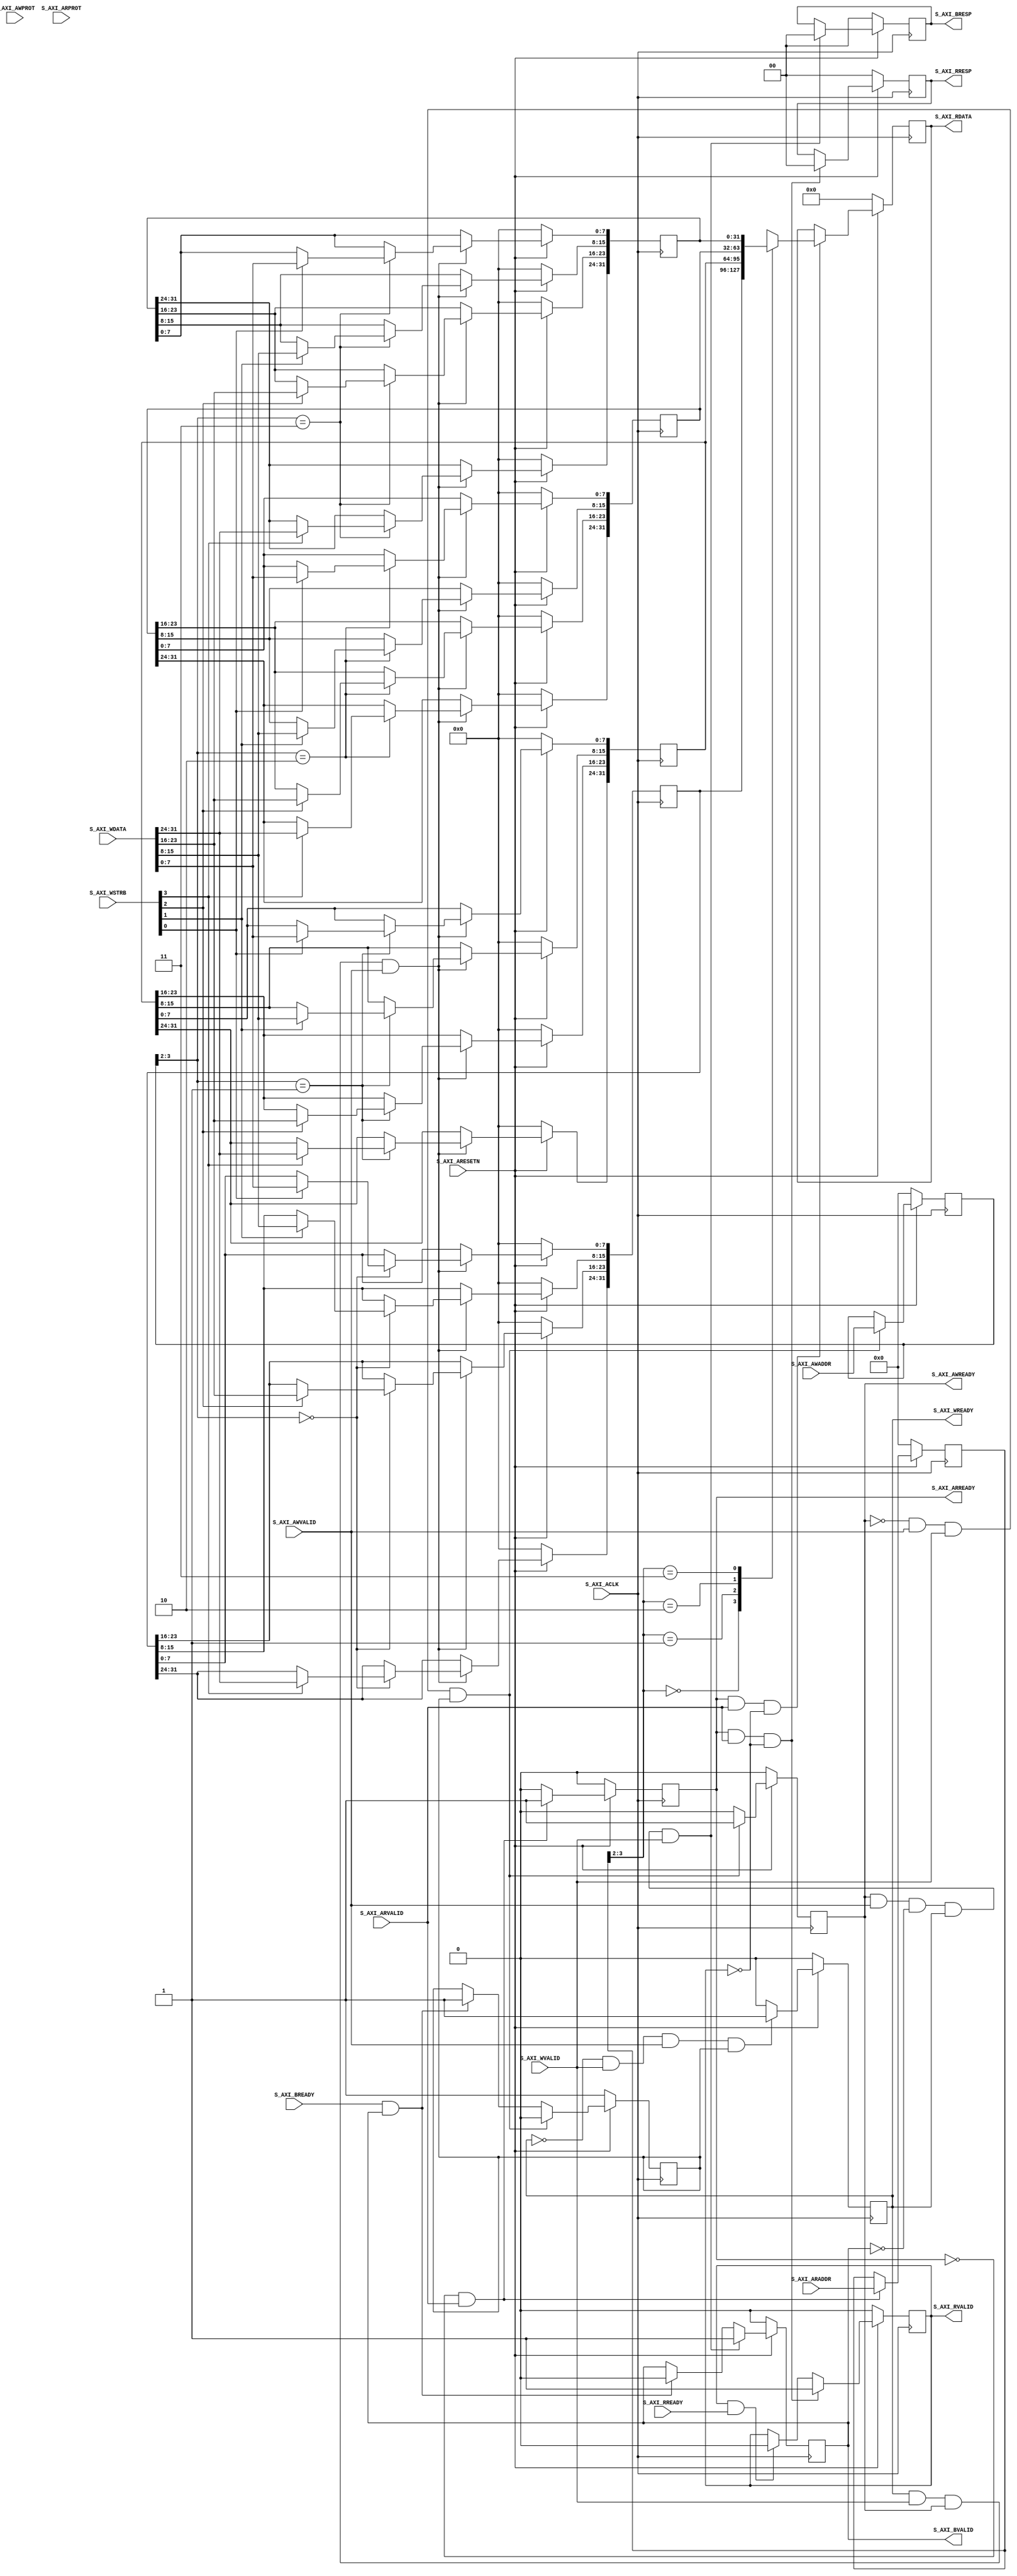

`timescale 1 ns / 1 ps

module AXI_Lite_Slave #(
    // Users to add parameters here

    // User parameters ends
    // Width of S_AXI data bus
    parameter integer C_S_AXI_DATA_WIDTH = 32,
    // Width of S_AXI address bus
    parameter integer C_S_AXI_ADDR_WIDTH = 4
) (
    // Users to add ports here

    // User ports ends
    // Global Clock Signal
    input  wire                                S_AXI_ACLK,
    input  wire                                S_AXI_ARESETN,
    // Write address
    input  wire [    C_S_AXI_ADDR_WIDTH-1 : 0] S_AXI_AWADDR,
    input  wire [                       2 : 0] S_AXI_AWPROT,
    input  wire                                S_AXI_AWVALID,
    output wire                                S_AXI_AWREADY,
    // Write data (issued by master, acceped by Slave) 
    input  wire [    C_S_AXI_DATA_WIDTH-1 : 0] S_AXI_WDATA,
    input  wire [(C_S_AXI_DATA_WIDTH/8)-1 : 0] S_AXI_WSTRB,
    input  wire                                S_AXI_WVALID,
    output wire                                S_AXI_WREADY,
    // Write response. This signal indicates the status
    // of the write transaction.
    output wire [                       1 : 0] S_AXI_BRESP,
    output wire                                S_AXI_BVALID,
    input  wire                                S_AXI_BREADY,
    // Read address (issued by master, acceped by Slave)
    input  wire [    C_S_AXI_ADDR_WIDTH-1 : 0] S_AXI_ARADDR,
    input  wire [                       2 : 0] S_AXI_ARPROT,
    input  wire                                S_AXI_ARVALID,
    output wire                                S_AXI_ARREADY,
    // Read data (issued by slave)
    output wire [    C_S_AXI_DATA_WIDTH-1 : 0] S_AXI_RDATA,
    output wire [                       1 : 0] S_AXI_RRESP,
    output wire                                S_AXI_RVALID,
    input  wire                                S_AXI_RREADY
);

  // AXI4LITE signals
  reg [C_S_AXI_ADDR_WIDTH-1 : 0] axi_awaddr;
  reg                            axi_awready;
  reg                            axi_wready;
  reg [                   1 : 0] axi_bresp;
  reg                            axi_bvalid;
  reg [C_S_AXI_ADDR_WIDTH-1 : 0] axi_araddr;
  reg                            axi_arready;
  reg [C_S_AXI_DATA_WIDTH-1 : 0] axi_rdata;
  reg [                   1 : 0] axi_rresp;
  reg                            axi_rvalid;

  // Example-specific design signals
  // local parameter for addressing 32 bit / 64 bit C_S_AXI_DATA_WIDTH
  // ADDR_LSB is used for addressing 32/64 bit registers/memories
  // ADDR_LSB = 2 for 32 bits (n downto 2)
  // ADDR_LSB = 3 for 64 bits (n downto 3)
  localparam integer ADDR_LSB = (C_S_AXI_DATA_WIDTH / 32) + 1;
  localparam integer OPT_MEM_ADDR_BITS = 1;
  //----------------------------------------------
  //-- Signals for user logic register space example
  //------------------------------------------------
  //-- Number of Slave Registers 4
  reg     [C_S_AXI_DATA_WIDTH-1:0] slv_reg0;
  reg     [C_S_AXI_DATA_WIDTH-1:0] slv_reg1;
  reg     [C_S_AXI_DATA_WIDTH-1:0] slv_reg2;
  reg     [C_S_AXI_DATA_WIDTH-1:0] slv_reg3;
  wire                             slv_reg_rden;
  wire                             slv_reg_wren;
  reg     [C_S_AXI_DATA_WIDTH-1:0] reg_data_out;
  integer                          byte_index;
  reg                              aw_en;

  // I/O Connections assignments

  assign S_AXI_AWREADY = axi_awready;
  assign S_AXI_WREADY  = axi_wready;
  assign S_AXI_BRESP   = axi_bresp;
  assign S_AXI_BVALID  = axi_bvalid;
  assign S_AXI_ARREADY = axi_arready;
  assign S_AXI_RDATA   = axi_rdata;
  assign S_AXI_RRESP   = axi_rresp;
  assign S_AXI_RVALID  = axi_rvalid;
  /****************************************************************************************************/
  //
  //S_AXI_BREADY,axi_bvalid---->aw_en----->awreadyawaddr,wready,slv_reg_wren------->slv-reg=wdata
  //
  //awvalid,wvalidawreadywready---->bvalid
  //
  //arvalid------>arready,axi_araddr---->axi_rvalid,axi_rdata
  /****************************************************************************************************/
  //axi_awready 
  always @(posedge S_AXI_ACLK) begin
    if (S_AXI_ARESETN == 1'b0) begin
      axi_awready <= 1'b0;
      aw_en       <= 1'b1;
    end else begin
      if (~axi_awready && S_AXI_AWVALID && S_AXI_WVALID && aw_en) begin
        //slave
        axi_awready <= 1'b1;
        aw_en       <= 1'b0;
      end else if (S_AXI_BREADY && axi_bvalid) begin
        aw_en       <= 1'b1;
        axi_awready <= 1'b0;
      end else begin
        axi_awready <= 1'b0;
      end
    end
  end

  //axi_addr
  always @(posedge S_AXI_ACLK) begin
    if (S_AXI_ARESETN == 1'b0) begin
      axi_awaddr <= 0;
    end else begin
      if (~axi_awready && S_AXI_AWVALID && S_AXI_WVALID && aw_en) begin
        axi_awaddr <= S_AXI_AWADDR;
      end
    end
  end
  /****************************************************************************************************/
  //axi_wready
  always @(posedge S_AXI_ACLK) begin
    if (S_AXI_ARESETN == 1'b0) begin
      axi_wready <= 1'b0;
    end else begin
      if (~axi_wready && S_AXI_WVALID && S_AXI_AWVALID && aw_en) begin
        axi_wready <= 1'b1;
      end else begin
        axi_wready <= 1'b0;
      end
    end
  end
  /****************************************************************************************************/
  //slv_reg_wren
  //axi_awreadyS_axi_WVALIDaxi_readyS_axi_WALID
  //
  //
  //
  assign slv_reg_wren = axi_wready && S_AXI_WVALID && axi_awready && S_AXI_AWVALID;

  always @(posedge S_AXI_ACLK) begin
    if (S_AXI_ARESETN == 1'b0) begin
      slv_reg0 <= 0;
      slv_reg1 <= 0;
      slv_reg2 <= 0;
      slv_reg3 <= 0;
    end else begin
      if (slv_reg_wren) begin
        case (axi_awaddr[ADDR_LSB+OPT_MEM_ADDR_BITS:ADDR_LSB])  // 
          2'h0:
          for (byte_index = 0; byte_index <= (C_S_AXI_DATA_WIDTH / 8) - 1; byte_index = byte_index + 1)  //32/8=4
          if (S_AXI_WSTRB[byte_index] == 1) begin  //  
            slv_reg0[(byte_index*8)+:8] <= S_AXI_WDATA[(byte_index*8)+:8];  //[ (byte_index*8) + 7: (byte_index*8) ],
          end
          2'h1:
          for (byte_index = 0; byte_index <= (C_S_AXI_DATA_WIDTH / 8) - 1; byte_index = byte_index + 1)
          if (S_AXI_WSTRB[byte_index] == 1) begin
            slv_reg1[(byte_index*8)+:8] <= S_AXI_WDATA[(byte_index*8)+:8];
          end
          2'h2:
          for (byte_index = 0; byte_index <= (C_S_AXI_DATA_WIDTH / 8) - 1; byte_index = byte_index + 1)
          if (S_AXI_WSTRB[byte_index] == 1) begin
            slv_reg2[(byte_index*8)+:8] <= S_AXI_WDATA[(byte_index*8)+:8];
          end
          2'h3:
          for (byte_index = 0; byte_index <= (C_S_AXI_DATA_WIDTH / 8) - 1; byte_index = byte_index + 1)
          if (S_AXI_WSTRB[byte_index] == 1) begin
            slv_reg3[(byte_index*8)+:8] <= S_AXI_WDATA[(byte_index*8)+:8];
          end
          default: begin
            slv_reg0 <= slv_reg0;
            slv_reg1 <= slv_reg1;
            slv_reg2 <= slv_reg2;
            slv_reg3 <= slv_reg3;
          end
        endcase
      end
    end
  end
  /****************************************************************************************************/
  //axi_bvalid
  //axi_awreadyS_AXI_AWVALIDaxi_wreadyS_AXI_WVALID
  always @(posedge S_AXI_ACLK) begin
    if (S_AXI_ARESETN == 1'b0) begin
      axi_bvalid <= 0;
      axi_bresp  <= 2'b0;
    end else begin
      if (axi_awready && S_AXI_AWVALID && ~axi_bvalid && axi_wready && S_AXI_WVALID) begin
        axi_bvalid <= 1'b1;
        axi_bresp  <= 2'b0;  // 'OKAY' response 
      end                   // work error responses in future
        else if (S_AXI_BREADY && axi_bvalid) begin
        axi_bvalid <= 1'b0;
      end
    end
  end
  /****************************************************************************************************/
  // Implement axi_arready generation
  always @(posedge S_AXI_ACLK) begin
    if (S_AXI_ARESETN == 1'b0) begin
      axi_arready <= 1'b0;
      axi_araddr  <= 32'b0;
    end else begin
      if (~axi_arready && S_AXI_ARVALID) begin
        axi_arready <= 1'b1;
        axi_araddr  <= S_AXI_ARADDR;
      end else begin
        axi_arready <= 1'b0;
      end
    end
  end
  /****************************************************************************************************/
  // axi_rvalid
  always @(posedge S_AXI_ACLK) begin
    if (S_AXI_ARESETN == 1'b0) begin
      axi_rvalid <= 0;
      axi_rresp  <= 0;
    end else begin
      if (axi_arready && S_AXI_ARVALID && ~axi_rvalid) begin  //T0
        axi_rvalid <= 1'b1;  //T1
        axi_rresp  <= 2'b0;  // 'OKAY' response
      end else if (axi_rvalid && S_AXI_RREADY) begin
        // Read data is accepted by the master
        axi_rvalid <= 1'b0;
      end
    end
  end
  /****************************************************************************************************/
  // slv_reg_rden
  assign slv_reg_rden = axi_arready & S_AXI_ARVALID & ~axi_rvalid;  //T0
  always @(*) begin
    // Address decoding for reading registers
    case (axi_araddr[ADDR_LSB+OPT_MEM_ADDR_BITS:ADDR_LSB])
      2'h0   : reg_data_out <= slv_reg0;
      2'h1   : reg_data_out <= slv_reg1;
      2'h2   : reg_data_out <= slv_reg2;
      2'h3   : reg_data_out <= slv_reg3;
      default : reg_data_out <= 0;
    endcase
  end
  /****************************************************************************************************/
  // Output register or memory read data
  always @(posedge S_AXI_ACLK) begin
    if (S_AXI_ARESETN == 1'b0) begin
      axi_rdata <= 0;
    end else begin
      // When there is a valid read address (S_AXI_ARVALID) with 
      // acceptance of read address by the slave (axi_arready), 
      // output the read dada 
      if (slv_reg_rden) begin
        axi_rdata <= reg_data_out;  // register read data     //T1
      end
    end
  end

  // Add user logic here

  // User logic ends

endmodule